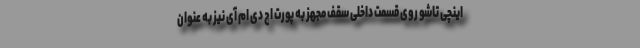
اینچی تاشو روی قسمت داخلی سقف مجهز به پورت اچ دی ام آی نیز به عنوان